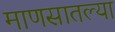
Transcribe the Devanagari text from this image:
माणसातल्या